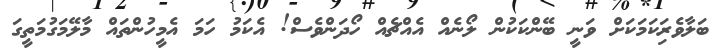
ބަލާވެރިަކަމަކަށް ވަނީ ބޭންކަކުން ލޯނެއް އެއްޗެއް ހޯދަންވެސް! އެކަމު ހަމަ އެމީހުންތައް މާލޭމަގުމަތީގަ